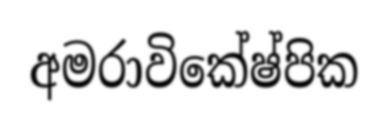
අමරාවිකේෂ්පික